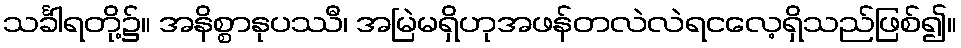
သင်္ခါရတို့၌။ အနိစ္စာနုပဿီ၊ အမြဲမရှိဟုအဖန်တလဲလဲရငလေ့ရှိသည်ဖြစ်၍။